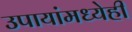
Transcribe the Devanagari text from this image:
उपायांमध्येही